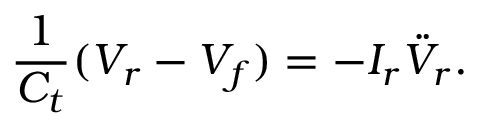
\frac { 1 } { C _ { t } } ( V _ { r } - V _ { f } ) = - I _ { r } \ddot { V } _ { r } .